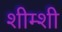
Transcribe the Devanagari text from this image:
शीम्शी